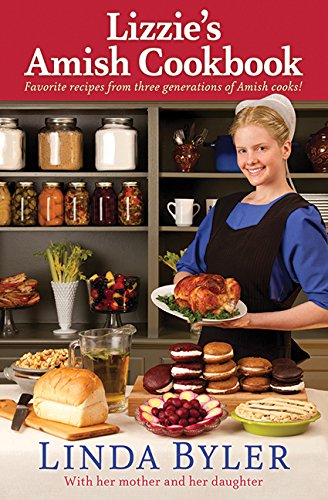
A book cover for Lizzie's Amish Cookbook: Favorite Recipes From Three Generations Of Amish Cooks!; Linda Byler; Cookbooks, Food & Wine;